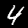
Digit: 4